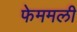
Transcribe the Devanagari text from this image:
फेममली